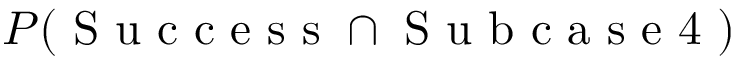
P ( \mathrm { ~ S ~ u ~ c ~ c ~ e ~ s ~ s ~ } \cap \mathrm { ~ S ~ u ~ b ~ c ~ a ~ s ~ e ~ 4 ~ } )